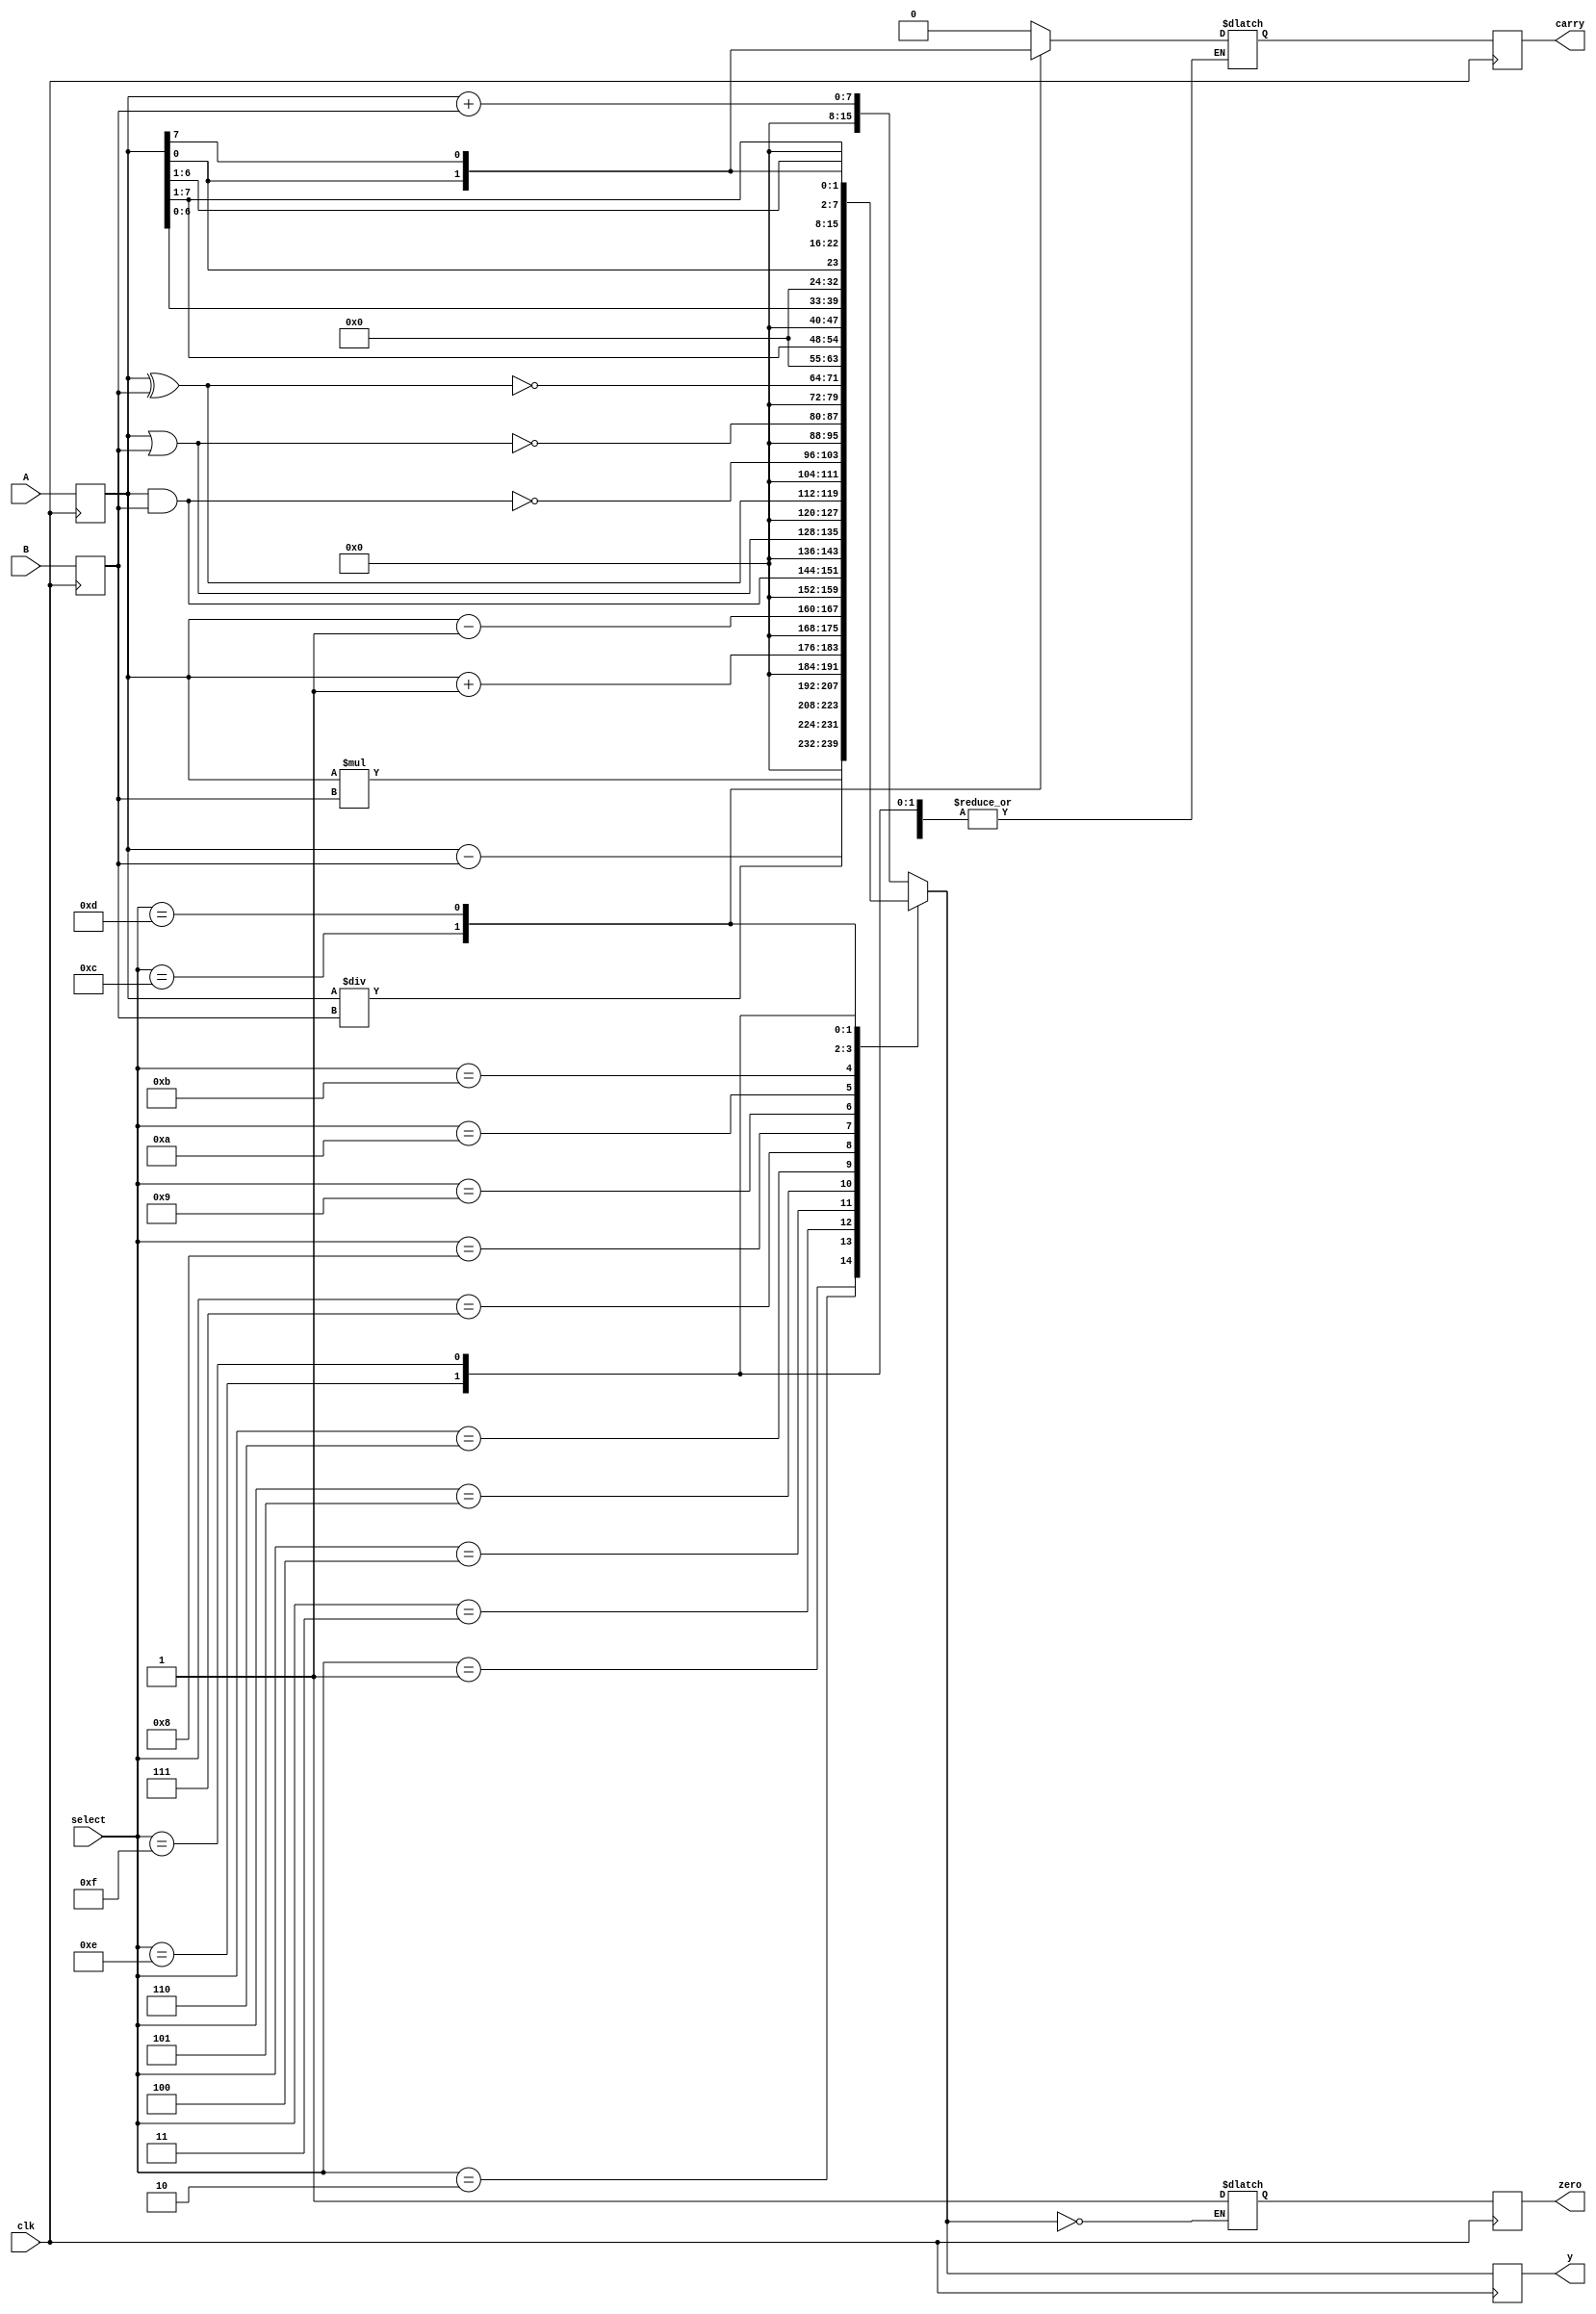
module ALU(
	input clk,
	input [7:0] A,
	input [7:0] B,
	input [3:0] select,
	output reg [15:0] y,
	output reg carry,
	output reg zero
);

reg [7:0] Ain, Bin;
reg [3:0] s;
reg c, z;
reg [15:0] out;

initial begin
	y = 0;
	carry = 0;
	zero = 0;
end

always@(posedge clk) begin
		Ain <= A;
		Bin <= B;
		s <= select;
		carry <= c;
		zero <= z;
		y <= out;
end

always@(Ain, Bin, s) begin
	case(select)
		4'd0 : begin //add
			out = {8'd0, Ain + Bin};
			c = out[8];
		end
		4'd1 : begin //sub
			out = {8'd0, Ain - Bin};
			c = out[8];
		end
		4'd2 : begin //mul
			out = (Ain*Bin);
		end
		4'd3 : begin //div
			out = (Ain/Bin);
		end
		4'd4 : begin //increment
			out = {8'd0, Ain + 1'b1};
			c = out[8];
		end
		4'd5 : begin //decrement
			out = {8'd0, Ain - 1'b1};
			c = out[8];
		end
		4'd6 : begin //bitwise AND
			out = {8'd0, Ain & Bin};
		end
		4'd7 : begin //bitwise OR
			out = {8'd0, Ain | Bin};
		end
		4'd8 : begin //bitwise XOR
			out = {8'd0, Ain ^ Bin};
		end
		4'd9 : begin //bitwise NAND
			out = {8'd0, ~(Ain & Bin)};
		end
		4'd10 : begin //bitwise NOR
			out = {8'd0, ~(Ain | Bin)};
		end
		4'd11 : begin //bitwise XNOR
			out = {8'd0, ~(Ain ^ Bin)};
		end
		4'd12 : begin //shift right
			c = Ain[0];
			out = {8'd0, (Ain>>1)};
		end
		4'd13 : begin //shift left
			c = Ain[7];
			out = {8'd0, (Ain<<1)};
		end
		4'd14 : begin //rotate right
			out = {8'd0, Ain[0], Ain[7:1]};
		end
		4'd15 : begin //rotate left
			out = {8'd0, Ain[6:0], Ain[7]};
		end
		default : out = 16'd0;
	endcase
	if(!out) z = 1;
end

endmodule